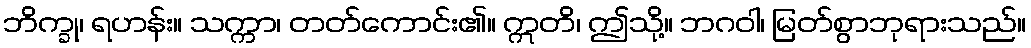
ဘိက္ခု၊ ရဟန်း။ သက္ကာ၊ တတ်ကောင်း၏။ ဣတိ၊ ဤသို့။ ဘဂဝါ၊ မြတ်စွာဘုရားသည်။